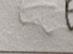
Signature authenticity: forged